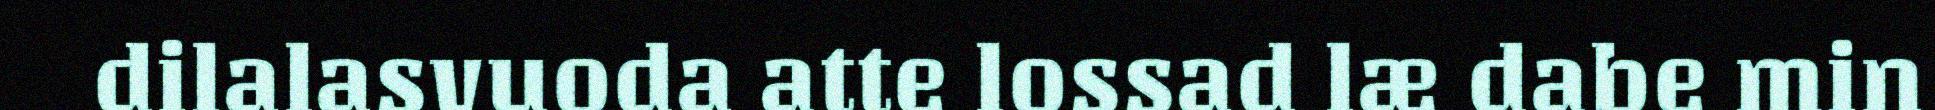
dilalasvuoda atte lossad læ dabe min